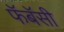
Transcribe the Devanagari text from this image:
फॅबॅसी